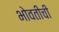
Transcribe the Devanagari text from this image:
भोवतीची